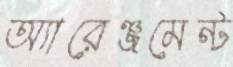
অ্যারেঞ্জমেন্ট